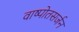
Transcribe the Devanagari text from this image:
वाष्पोतसर्जन